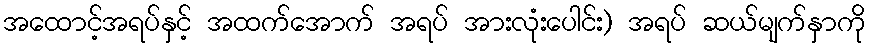
အထောင့်အရပ်နှင့် အထက်အောက် အရပ် အားလုံးပေါင်း) အရပ် ဆယ်မျက်နှာကို